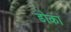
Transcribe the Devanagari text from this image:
डोका